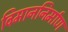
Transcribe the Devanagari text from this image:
विमाननिर्माण